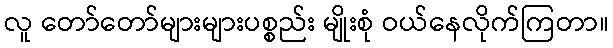
လူ တော်တော်များများပစ္စည်း မျိုးစုံ ဝယ်နေလိုက်ကြတာ။